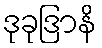
ဒုခုဒြာနိ